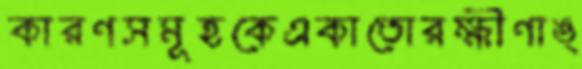
কারণসমূহকেএকাতোরক্ষীণাঙ্